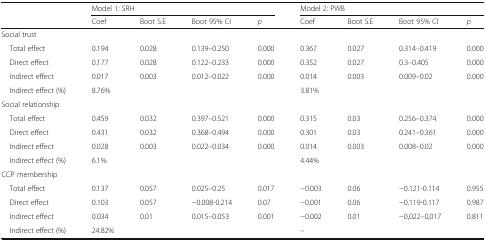
<table><thead><tr><td></td><td colspan="4"><b>Model 1: SRH</b></td><td colspan="4"><b>Model 2: PWB</b></td></tr><tr><td></td><td><b>Coef</b></td><td><b>Boot S.E</b></td><td><b>Boot 95% CI</b></td><td><b><i>p</i></b></td><td><b>Coef</b></td><td><b>Boot S.E</b></td><td><b>Boot 95% CI</b></td><td><b><i>p</i></b></td></tr></thead><tbody><tr><td colspan="9">Social trust</td></tr><tr><td> Total effect</td><td>0.194</td><td>0.028</td><td>0.139–0.250</td><td>0.000</td><td>0.367</td><td>0.027</td><td>0.314–0.419</td><td>0.000</td></tr><tr><td> Direct effect</td><td>0.177</td><td>0.028</td><td>0.122–0.233</td><td>0.000</td><td>0.352</td><td>0.027</td><td>0.3–0.405</td><td>0.000</td></tr><tr><td> Indirect effect</td><td>0.017</td><td>0.003</td><td>0.012–0.022</td><td>0.000</td><td>0.014</td><td>0.003</td><td>0.009–0.02</td><td>0.000</td></tr><tr><td> Indirect effect (%)</td><td>8.76%</td><td></td><td></td><td></td><td>3.81%</td><td></td><td></td><td></td></tr><tr><td colspan="9">Social relationship</td></tr><tr><td> Total effect</td><td>0.459</td><td>0.032</td><td>0.397–0.521</td><td>0.000</td><td>0.315</td><td>0.03</td><td>0.256–0.374</td><td>0.000</td></tr><tr><td> Direct effect</td><td>0.431</td><td>0.032</td><td>0.368–0.494</td><td>0.000</td><td>0.301</td><td>0.03</td><td>0.241–0.361</td><td>0.000</td></tr><tr><td> Indirect effect</td><td>0.028</td><td>0.003</td><td>0.022–0.034</td><td>0.000</td><td>0.014</td><td>0.003</td><td>0.008–0.02</td><td>0.000</td></tr><tr><td> Indirect effect (%)</td><td>6.1%</td><td></td><td></td><td></td><td>4.44%</td><td></td><td></td><td></td></tr><tr><td colspan="9">CCP membership</td></tr><tr><td> Total effect</td><td>0.137</td><td>0.057</td><td>0.025–0.25</td><td>0.017</td><td>−0.003</td><td>0.06</td><td>−0.121-0.114</td><td>0.955</td></tr><tr><td> Direct effect</td><td>0.103</td><td>0.057</td><td>−0.008-0.214</td><td>0.07</td><td>−0.001</td><td>0.06</td><td>−0.119-0.117</td><td>0.987</td></tr><tr><td> Indirect effect</td><td>0.034</td><td>0.01</td><td>0.015–0.053</td><td>0.001</td><td>−0.002</td><td>0.01</td><td>−0,022–0,017</td><td>0.811</td></tr><tr><td> Indirect effect (%)</td><td>24.82%</td><td></td><td></td><td></td><td>–</td><td></td><td></td><td></td></tr></tbody></table>